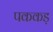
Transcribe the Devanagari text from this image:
पककड़